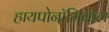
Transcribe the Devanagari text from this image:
हायपोनॉमिकल